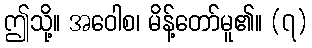
ဤသို့။ အဝေါစ၊ မိန့်တော်မူ၏။ (၇)